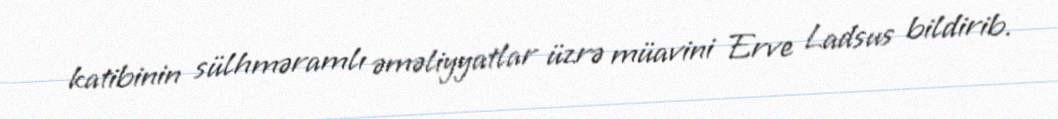
katibinin sülhməramlı əməliyyatlar üzrə müavini Erve Ladsus bildirib.